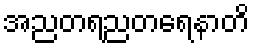
အညတရညတရေနာတိ